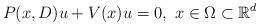
LaTeX: \begin{align*}P(x,D)u+V(x)u=0, ~ x \in \Omega \subset \mathbb{R}^{d}\end{align*}